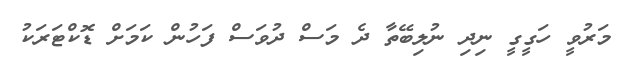
މަރުވީ ހަގީގީ ނިދި ނުލިބޭތާ ދެ މަސް ދުވަސް ފަހުން ކަމަށް ޑޮކްޓަރަކު